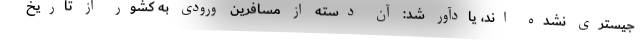
جیستری نشده اند، یادآور شد: آن دسته از مسافرین ورودی به کشور از تاریخ